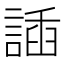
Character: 䛽